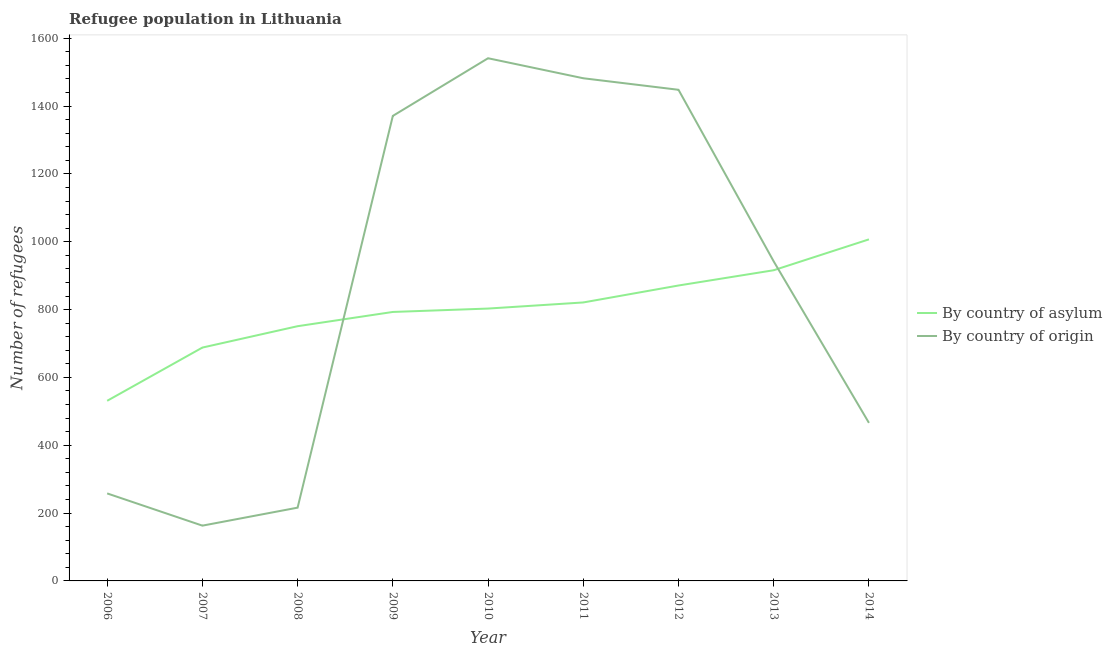
| Year | By country of asylum | By country of origin |
 | --- | --- | --- |
 | 2006 | 531 | 258 |
 | 2007 | 688 | 163 |
 | 2008 | 751 | 216 |
 | 2009 | 793 | 1.37e+03 |
 | 2010 | 803 | 1.54e+03 |
 | 2011 | 821 | 1.48e+03 |
 | 2012 | 871 | 1.45e+03 |
 | 2013 | 916 | 942 |
 | 2014 | 1.01e+03 | 466 |